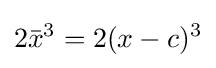
2{\bar {x}}^{3}=2(x-c)^{3}